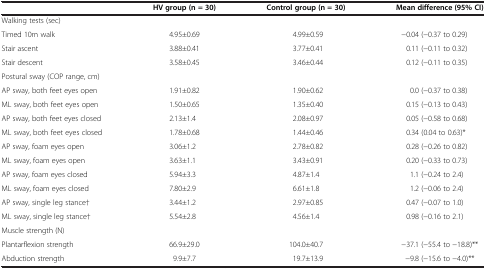
<table><thead><tr><td><b> </b></td><td><b>HV group (n = 30)</b></td><td><b>Control group (n = 30)</b></td><td><b>Mean difference (95% CI)</b></td></tr></thead><tbody><tr><td colspan="4">Walking tests (sec)</td></tr><tr><td>Timed 10m walk</td><td>4.95±0.69</td><td>4.99±0.59</td><td>−0.04 (−0.37 to 0.29)</td></tr><tr><td>Stair ascent</td><td>3.88±0.41</td><td>3.77±0.41</td><td>0.11 (−0.11 to 0.32)</td></tr><tr><td>Stair descent</td><td>3.58±0.45</td><td>3.46±0.44</td><td>0.12 (−0.11 to 0.35)</td></tr><tr><td colspan="4">Postural sway (COP range, cm)</td></tr><tr><td>AP sway, both feet eyes open</td><td>1.91±0.82</td><td>1.90±0.62</td><td>0.0 (−0.37 to 0.38)</td></tr><tr><td>ML sway, both feet eyes open</td><td>1.50±0.65</td><td>1.35±0.40</td><td>0.15 (−0.13 to 0.43)</td></tr><tr><td>AP sway, both feet eyes closed</td><td>2.13±1.4</td><td>2.08±0.97</td><td>0.05 (−0.58 to 0.68)</td></tr><tr><td>ML sway, both feet eyes closed</td><td>1.78±0.68</td><td>1.44±0.46</td><td>0.34 (0.04 to 0.63)*</td></tr><tr><td>AP sway, foam eyes open</td><td>3.06±1.2</td><td>2.78±0.82</td><td>0.28 (−0.26 to 0.82)</td></tr><tr><td>ML sway, foam eyes open</td><td>3.63±1.1</td><td>3.43±0.91</td><td>0.20 (−0.33 to 0.73)</td></tr><tr><td>AP sway, foam eyes closed</td><td>5.94±3.3</td><td>4.87±1.4</td><td>1.1 (−0.24 to 2.4)</td></tr><tr><td>ML sway, foam eyes closed</td><td>7.80±2.9</td><td>6.61±1.8</td><td>1.2 (−0.06 to 2.4)</td></tr><tr><td>AP sway, single leg stance†</td><td>3.44±1.2</td><td>2.97±0.85</td><td>0.47 (−0.07 to 1.0)</td></tr><tr><td>ML sway, single leg stance†</td><td>5.54±2.8</td><td>4.56±1.4</td><td>0.98 (−0.16 to 2.1)</td></tr><tr><td colspan="4">Muscle strength (N)</td></tr><tr><td>Plantarflexion strength</td><td>66.9±29.0</td><td>104.0±40.7</td><td>−37.1 (−55.4 to −18.8)**</td></tr><tr><td>Abduction strength</td><td>9.9±7.7</td><td>19.7±13.9</td><td>−9.8 (−15.6 to −4.0)**</td></tr></tbody></table>